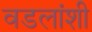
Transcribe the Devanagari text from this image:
वडलांशी